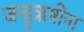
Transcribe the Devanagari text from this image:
जन्हुऋषींना